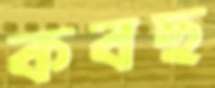
কবছ